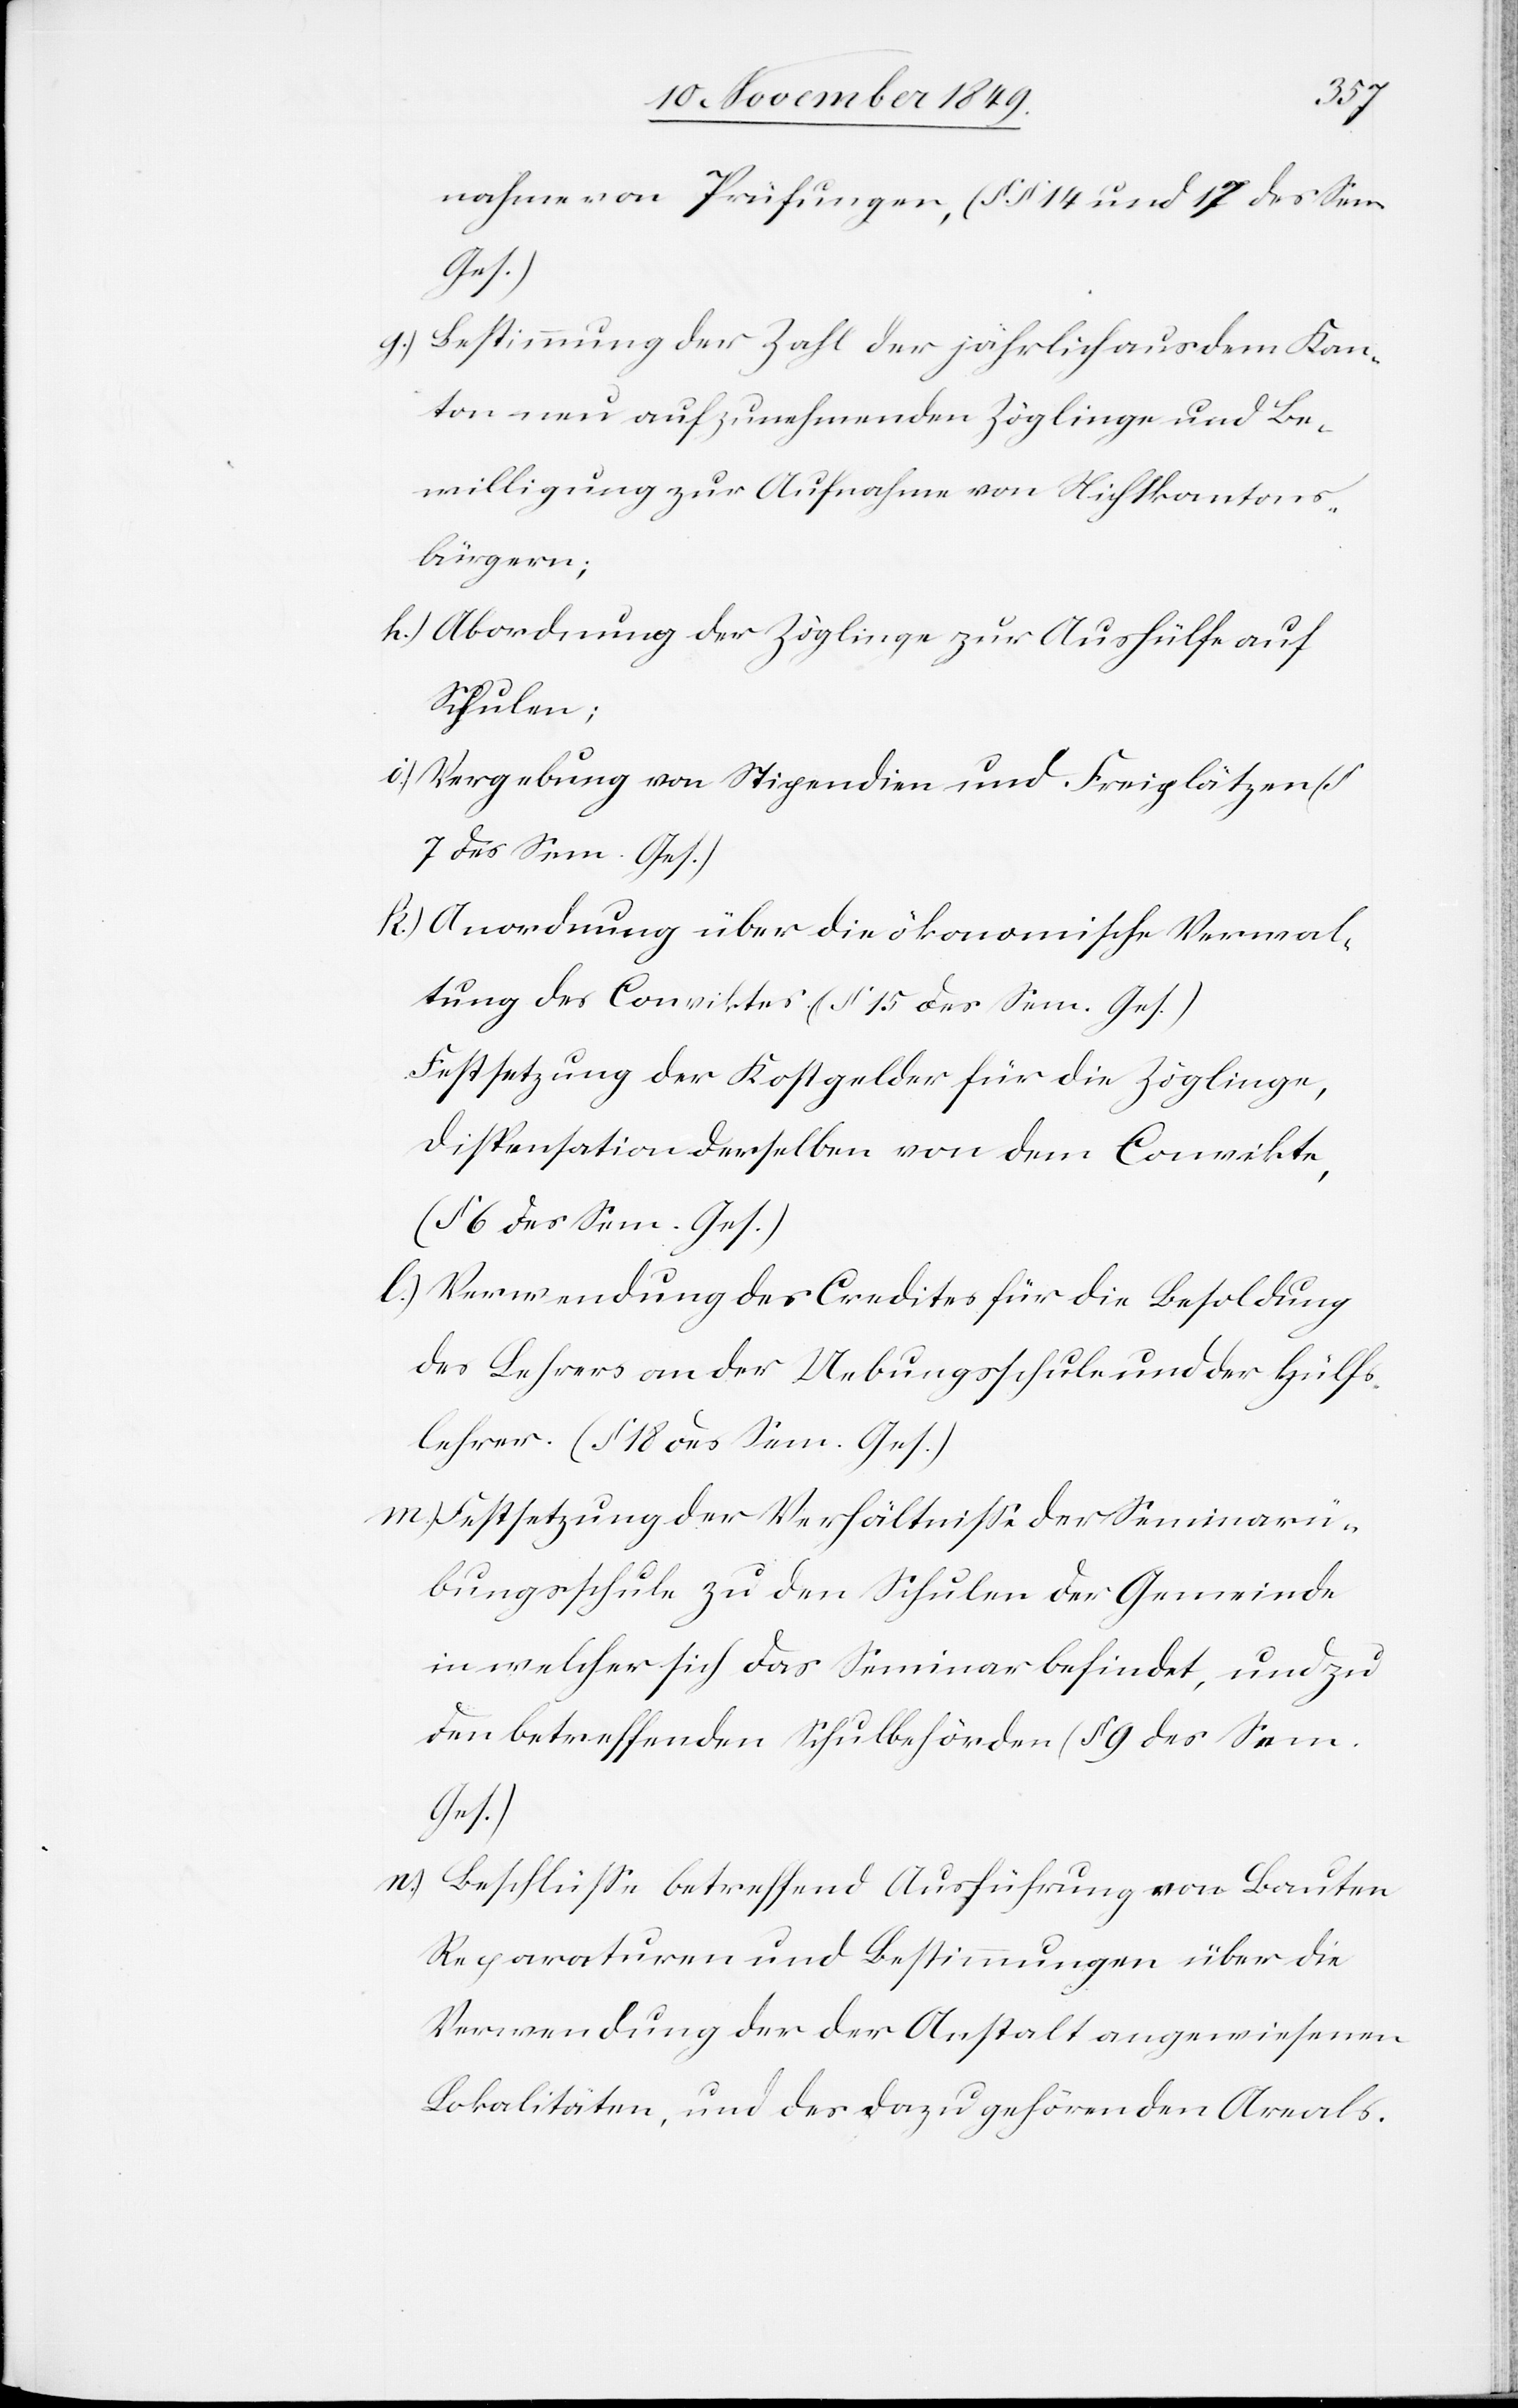
nahme von Prüfungen, (§§ 14 und 17 des Sem.
Ges.)
g.) Bestimmung der Zahl der jährlich aus dem Kan¬
ton neu aufzunehmenden Zöglinge und Be¬
willigung zur Aufnahme von Nichtkantons¬
bürgern;
h.) Abordnung der Zöglinge zur Aushülfe auf
Schulen;
c.) Vergebung von Stipendien und Freiplätzen
7 des Sem. Ges.)
k.) Anordnung über die ökonomische Verwal¬
tung des Conviktes (§ 15 des Sem. Ges.)
Festsetzung der Kostgelder für die Zöglinge,
Dispensation derselben von dem Convikte,
(§ 6 des Sem. Ges.)
l.) Verwendung des Credites für die Besoldung
des Lehrers an der Uebungsschule und der Hülfs¬
lehrer. (§ 18 des Sem. Ges.)
m.) Festsetzung der Verhältniße der Seminarü¬
bungsschule zu den Schulen der Gemeinde
in welcher sich das Seminar befindet, und zu
den betreffenden Schulbehörden (§ 9 des Sem.
Ges.)
n.) Beschlüße betreffend Ausführung von Bauten
Reparaturen und Bestimmungen über die
Verwendung der der Anstalt angewiesenen
Lokalitäten, und des dazugehörenden Areals.